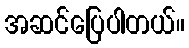
အဆင်ပြေပါတယ်။